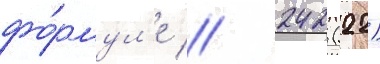
фо́рмул'е // 242 (22)